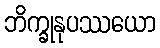
ဘိက္ခုနုပဿယော